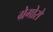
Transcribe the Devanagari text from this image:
ग्रेगोरो